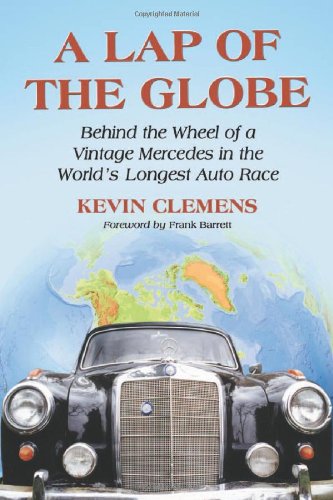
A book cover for A Lap of the Globe: Behind the Wheel of a Vintage Mercedes in the World's Longest Auto Race; Kevin Clemens; Engineering & Transportation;